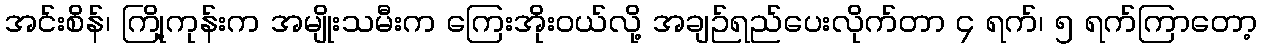
အင်းစိန်၊ ကြို့ကုန်းက အမျိုးသမီးက ကြေးအိုးဝယ်လို့ အချဉ်ရည်ပေးလိုက်တာ ၄ ရက်၊ ၅ ရက်ကြာတော့